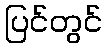
ပြင်တွင်